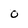
Character: 0